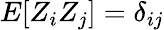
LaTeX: E[Z_{i}Z_{j}]=\delta_{ij}